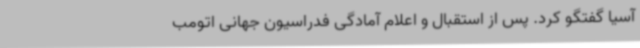
آسیا گفتگو کرد. پس از استقبال و اعلام آمادگی فدراسیون جهانی اتومب